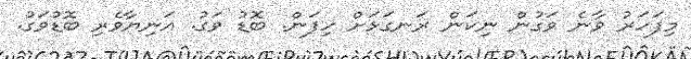
މިފަހަރު ވާނެ ވަގުން ނިކަން ރަނގަޅަށް ހިފަން. ބޮޑު ވަގު. އަނިޔާވެރި ބޮޑުވަގު.